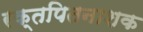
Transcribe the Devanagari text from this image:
रक्तपितनाशक